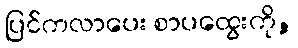
ပြင်ကလာပေး စာပထွေးကို,